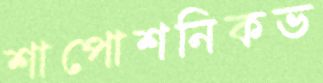
শাপোশনিকভ